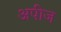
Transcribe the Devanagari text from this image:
अपीज